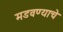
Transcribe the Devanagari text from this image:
मडवण्याचे